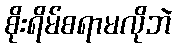
စိုးရိမ်စရာမလိုဘဲ